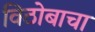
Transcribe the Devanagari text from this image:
विठोबाचा